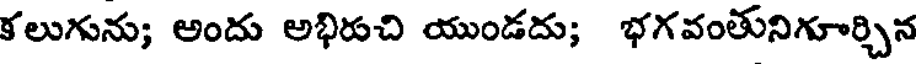
కలుగును; అందు అభిరుచి యుండదు; భగవంతునిగూర్చిన